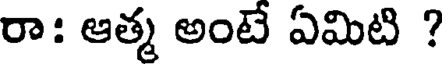
రా: ఆత్మ అంటే ఏమిటి ?